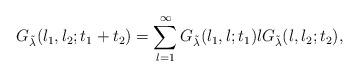
LaTeX: \begin{align*}G_{\tilde\lambda}(l_1,l_2;t_1+t_2)=\sum_{l=1}^\infty G_{\tilde\lambda}(l_1,l;t_1)lG_{\tilde\lambda}(l,l_2;t_2),\end{align*}